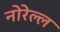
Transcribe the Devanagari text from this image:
नोरेल्ल